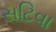
સટિવા